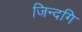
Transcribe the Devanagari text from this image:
जिन्दगि